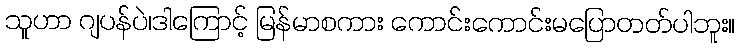
သူဟာ ဂျပန်ပဲ၊ဒါကြောင့် မြန်မာစကား ကောင်းကောင်းမပြောတတ်ပါဘူး။